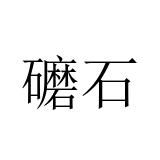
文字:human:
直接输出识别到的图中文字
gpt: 礳石